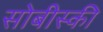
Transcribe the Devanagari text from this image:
सोबीस्की